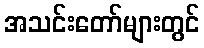
အသင်းတော်များတွင်